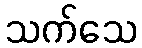
သက်သေ